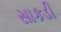
સાકડી